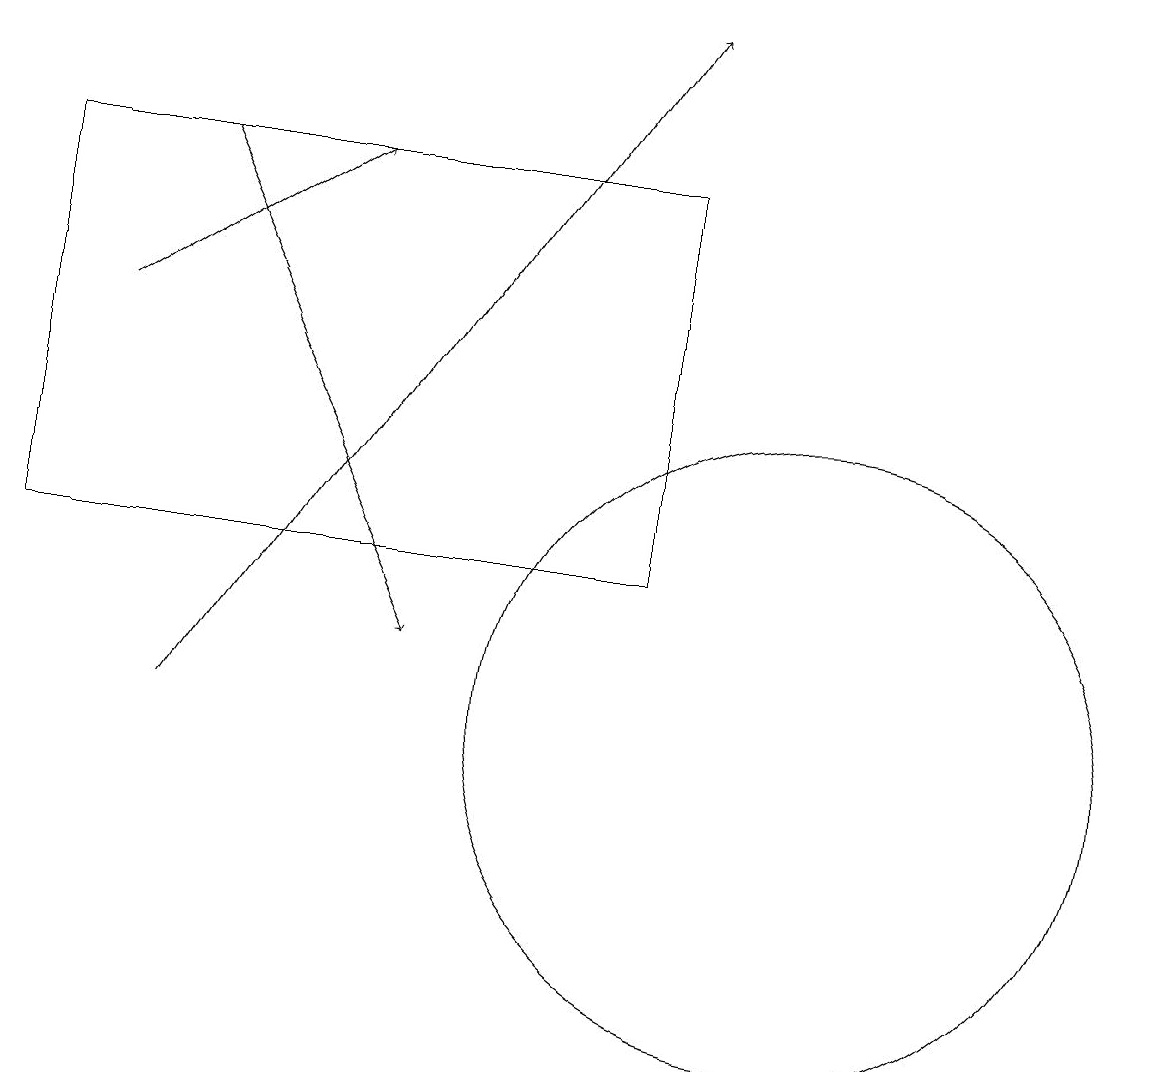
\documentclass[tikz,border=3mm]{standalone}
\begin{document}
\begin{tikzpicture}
\draw[->] (1,15) -- (4,17);
\draw[->] (2,10) -- (8,19);
\draw[->] (2,17) -- (5,11);
\draw (0,17) rectangle (8,12);
\draw (10,10) circle (4);
\draw (11,10) circle (0);
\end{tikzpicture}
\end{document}